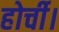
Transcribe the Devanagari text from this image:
होर्ची।